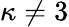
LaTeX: \kappa\neq 3